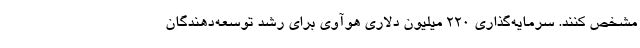
مشخص کنند. سرمایه‌گذاری 220 میلیون دلاری هوآوی برای رشد توسعه‌دهندگان